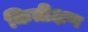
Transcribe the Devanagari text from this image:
कितीक्षण